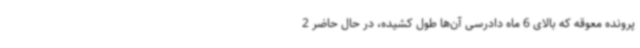
پرونده معوقه که بالای 6 ماه دادرسی آن‌ها طول کشیده، در حال حاضر 2